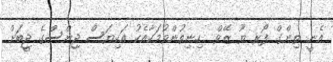
އެނީ ތިންގް ފޯރ ޔޫ ޒޭވް  ހިނިތުންވުމަކާއެކު އަކިޔަސް ޖިންސްގެ ޖީބަށް